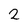
Character: 2